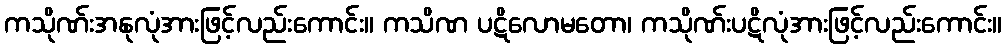
ကသိုဏ်းအနုလုံအားဖြင့်လည်းကောင်း။ ကသိဏ ပဋိလောမတော၊ ကသိုဏ်းပဋိလုံအားဖြင့်လည်းကောင်း။